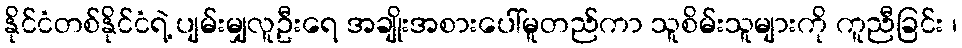
နိုင်ငံတစ်နိုင်ငံရဲ့ ပျမ်းမျှလူဦးရေ အချိုးအစားပေါ်မူတည်ကာ သူစိမ်းသူများကို ကူညီခြင်း ၊